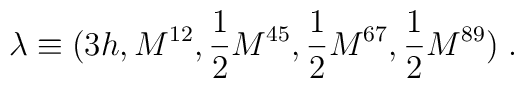
\lambda \equiv (3h, M^{12}, {1 \over 2} M^{45}, {1 \over 2} M^{67}, {1 \over 2} M^{89}) \; .